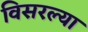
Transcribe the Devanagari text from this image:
विसरल्या